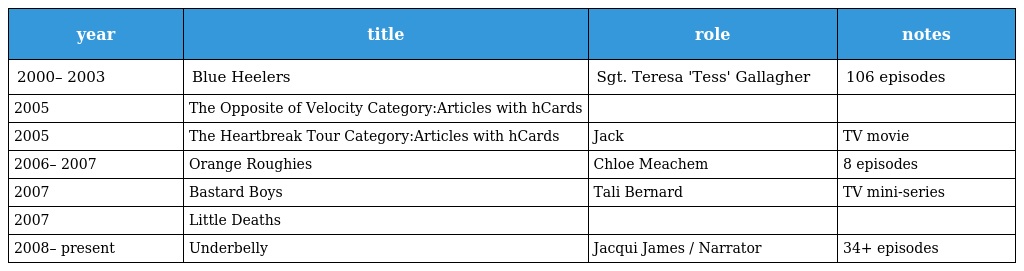
| year | title | role | notes |
 | --- | --- | --- | --- |
 | 2000– 2003 | Blue Heelers | Sgt. Teresa 'Tess' Gallagher | 106 episodes |
 | 2005 | The Opposite of Velocity Category:Articles with hCards |  |  |
 | 2005 | The Heartbreak Tour Category:Articles with hCards | Jack | TV movie |
 | 2006– 2007 | Orange Roughies | Chloe Meachem | 8 episodes |
 | 2007 | Bastard Boys | Tali Bernard | TV mini-series |
 | 2007 | Little Deaths |  |  |
 | 2008– present | Underbelly | Jacqui James / Narrator | 34+ episodes |